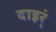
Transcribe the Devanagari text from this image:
दाइर्ं